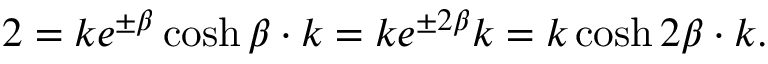
2 = k e ^ { \pm \beta } \cosh \beta \cdot k = k e ^ { \pm 2 \beta } k = k \cosh 2 \beta \cdot k .